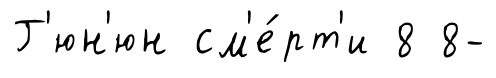
Г'юн'юн см'е́рт'и 8 8-